Report of an investigation of the epidemic of malarial fever in Assam, or, kala-azar
Disease focus: Malaria
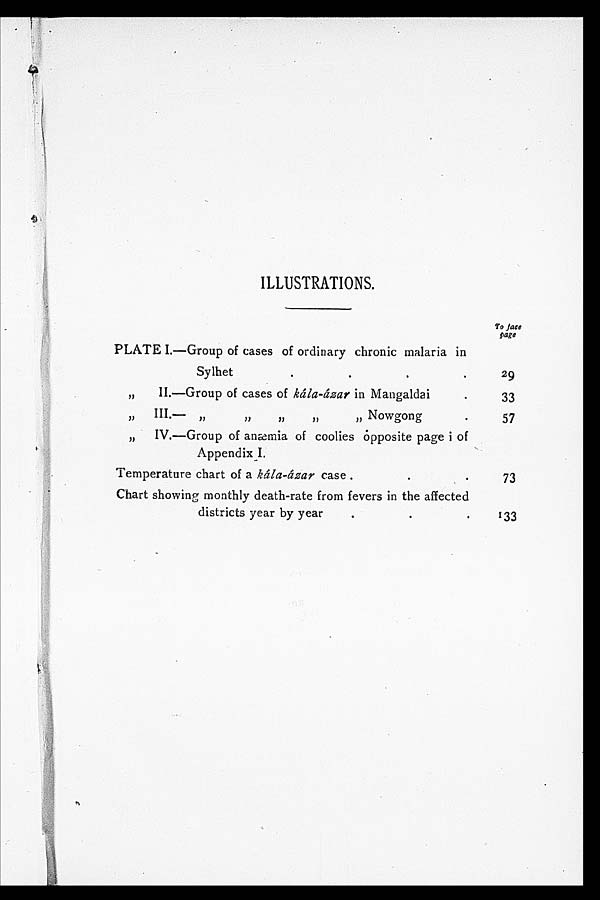
ILLUSTRATIONS.
To face
page
PLATE I.—Group of cases of ordinary chronic malaria in Sylhet.
29
" II.—Group of cases of kála-ázar in Mangaldai.
33
" III.—" " " " " Nowgon
g
57
" IV.—Group of anæmia of coolies opposite page i of
Appendix I.
Temperature chart of a kála -ázar case
73
Chart showing monthly death-rate from fevers in the affected districts year by
133